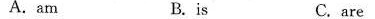
A. am B.is C. are